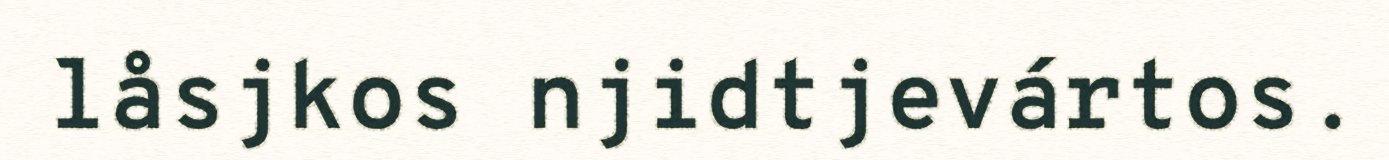
låsjkos njidtjevártos.